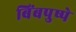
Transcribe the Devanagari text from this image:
बिंबपुष्पे